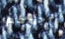
ارجوكم